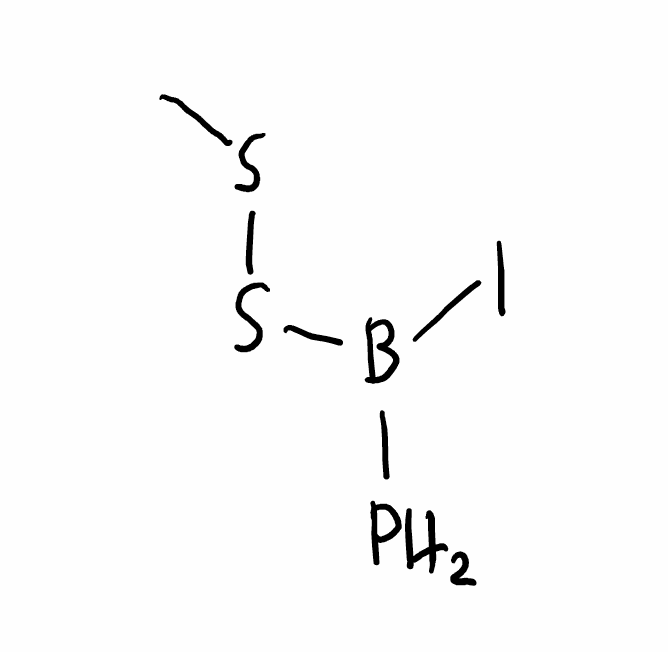
Simplified molecular-input line-entry system (SMILES) notation of the given molecule:
B(P)(SSC)I